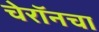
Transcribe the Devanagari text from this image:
चेरॉनचा